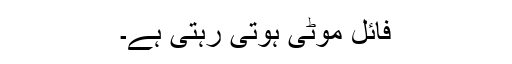
فائل موٹی ہوتی رہتی ہے۔